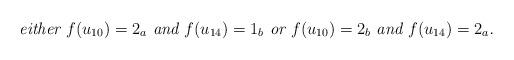
LaTeX: \begin{align*} \mbox{\em either $f(u_{10})=2_a$ and $f(u_{14})= 1_b$ or $f(u_{10})=2_b$ and $f(u_{14})= 2_a$.}\end{align*}